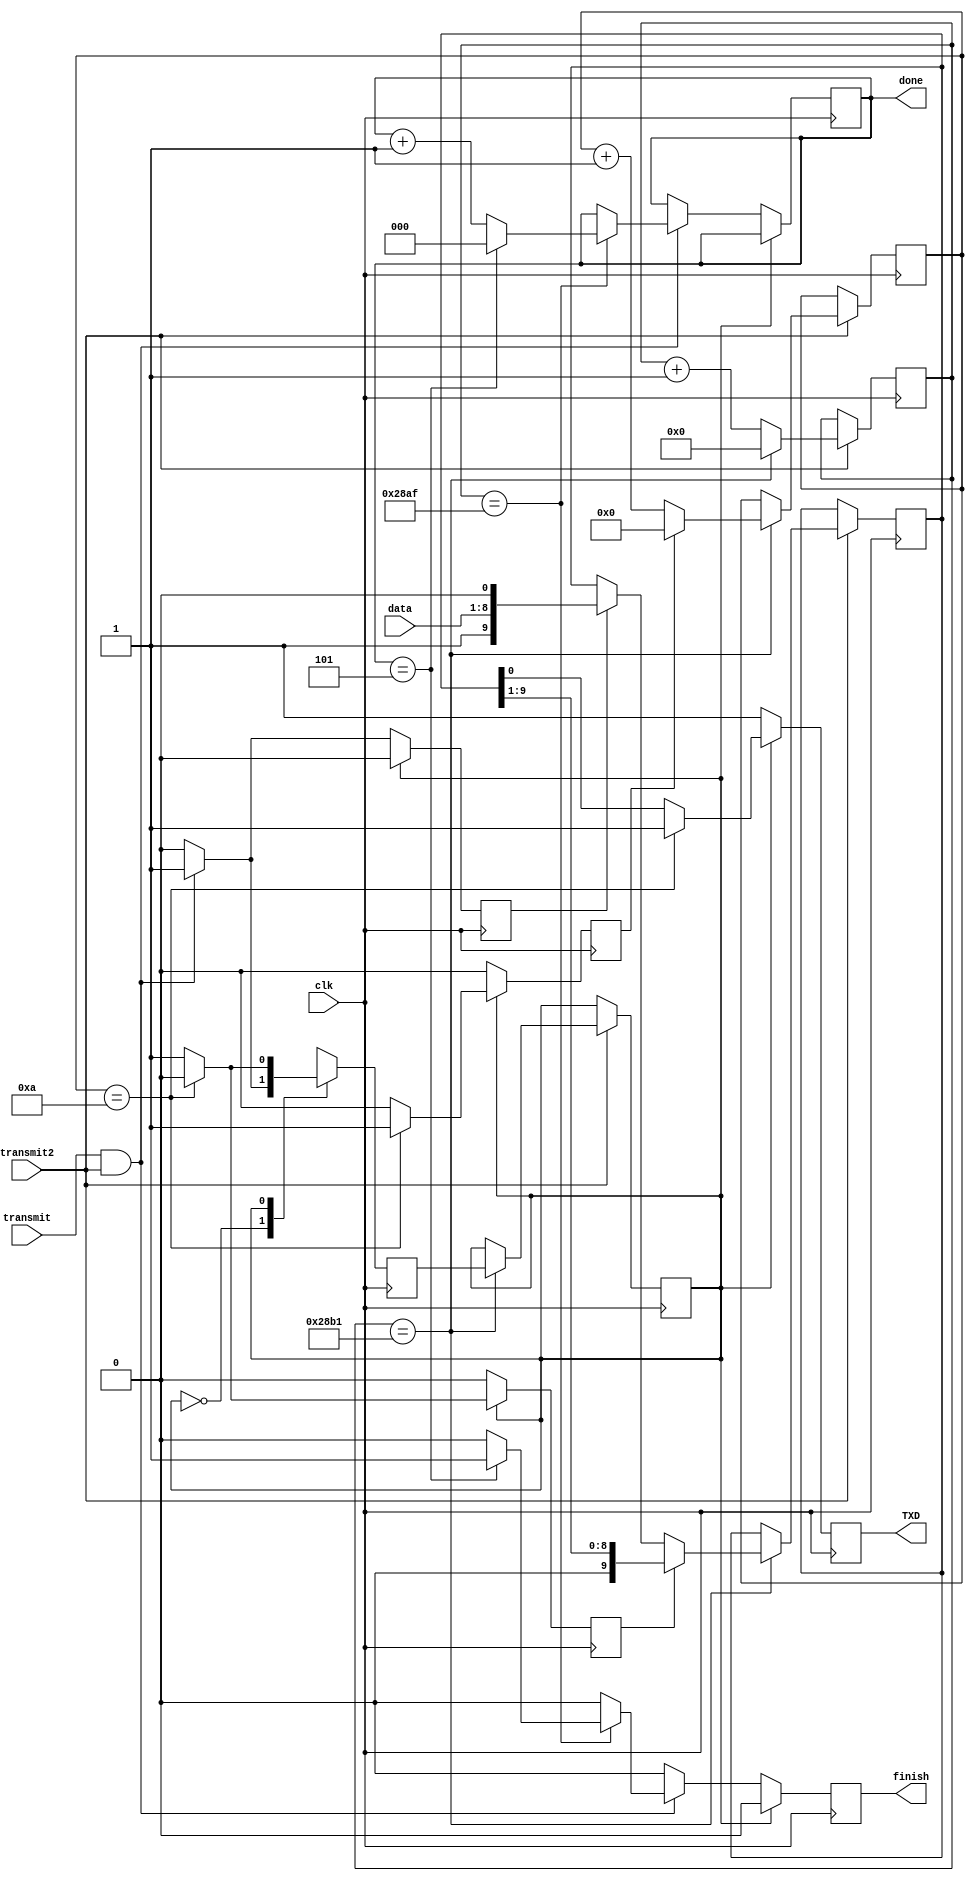
`timescale 1ns / 1ps
//////////////////////////////////////////////////////////////////////////////////
// Company: 
// Engineer: 
// 
// Design Name: 
// Module Name: transmiter
// Project Name: 
// Target Devices: 
// Tool Versions: 
// Description: 
// 
// Dependencies: 
// 
// Revision:
// Revision 0.01 - File Created
// Additional Comments:
// 
//////////////////////////////////////////////////////////////////////////////////


module transmiter1(
    input clk,
    input [7:0] data,
    input transmit,transmit2,
   // input reset,
    output reg TXD,
  //  output [7:0]led,
    output reg [2:0]done,
    output reg finish
    );
//wire transmit=1;
//wire [7:0]data=8'h41;
reg [4:0] bit_counter;
reg [13:0] boudrate_counter;
reg [9:0] shiftright_register;
reg state=0; 
reg next_state;
reg shift;
reg load;
reg clear;
wire do;

assign do=transmit & transmit2;
//assign led=data[7:0];
//assign done=load;

initial begin
bit_counter=0;
boudrate_counter=0;
state<=0;
done<=0;
end

always @(posedge clk)    
 begin
//  if(reset)  
//   begin
//    state<=0;
//    bit_counter<=0;
//    boudrate_counter<=0;
//   end
//  else begin
//   boudrate_counter=boudrate_counter+1;
   if(transmit2)begin
   if(boudrate_counter==10417)
    begin
     boudrate_counter<=0;
     state<=next_state;
     if(load)
      shiftright_register<={1'b1,data,1'b0};
     if(clear)
       bit_counter<=0;
     else
        bit_counter<=bit_counter+1;
     if(shift)
       shiftright_register<=shiftright_register>>1;
    // bit_counter<=bit_counter+1;
    end
   else
   boudrate_counter=boudrate_counter+1;
   end
end

always @(posedge clk)
begin
    load <=0; // set load equal to 0 at the beginning
    shift <=0; // set shift equal to 0 at the beginning
    clear <=0; // set clear equal to 0 at the beginning
    TXD <=1; // set TxD equals to during no transmission
    //done<=0;
    finish<=0;
    case (state)
        0: begin // idle state
             if (do) begin // assert transmit input
             next_state <= 1; // Move to transmit state
             load <=1; // set load to 1 to prepare to load the data
             shift <=0; // set shift to 0 so no shift ready yet
             clear <=0; // set clear to 0 to avoid clear any counter
             if(boudrate_counter==10415)begin
             done<=done+1;
             if(done==5)begin
             finish<=1;
             done<=0;
             end
//             else
//             finish<=0;
             end
             end 
            
		else begin // if transmit not asserted
             next_state <= 0; // next state is back to idle state
             TXD <= 1; 
             end
           end
        1: begin  // transmit state
             if (bit_counter ==10) begin // check if transmission is complete or not. If complete
             next_state <= 0; // set nextstate back to 0 to idle state
             clear <=1; // set clear to 1 to clear all counters
      //       done<=1;
             end 
		else begin // if transmisssion is not complete 
             next_state <= 1; // set nextstate to 1 to stay in transmit state
             TXD <=shiftright_register[0]; // shift the bit to output TxD
             shift <=1; // set shift to 1 to continue shifting the data
             end
           end
         default: next_state <= 0;                      
    endcase
end


endmodule